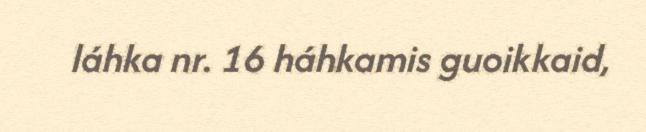
láhka nr. 16 háhkamis guoikkaid,